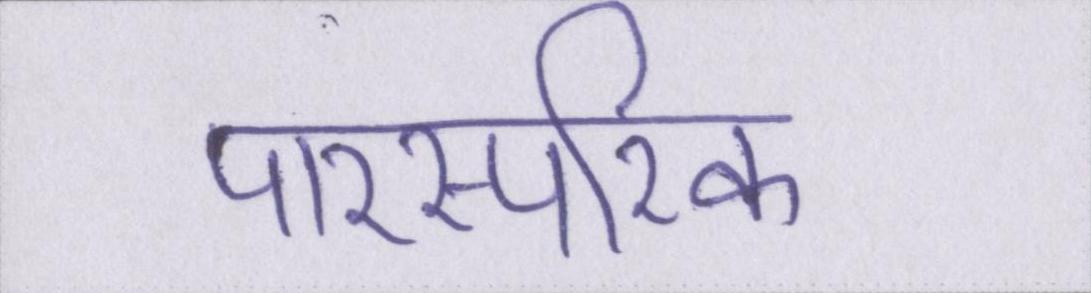
पारस्परिक